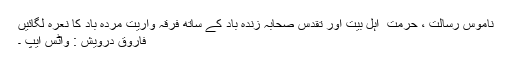
ناموس رسالت ، حرمت ِ اہل بیت اور تقدس صحابہ زندہ باد کے ساتھ فرقہ واریت مردہ باد کا نعرہ لگائیں
فاروق درویش : واٹس ایپ ۔